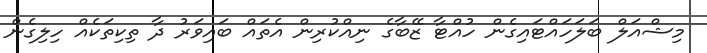
މިޝްއަލް ބަލަހައްޓައިގެން ހުއްޓާ ޒޭބާގެ ނިއްކުރިން އެތައް ބައިވަރު ދާ ތިކިތަކެއް ހިލިގެން